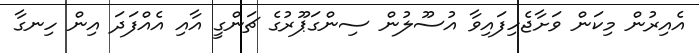
އެއިރުން މިކަން ވަށާޖެހިފައިވާ އުސޫލުން ސިންގަޕޫރުގެ ޗަންގީ އާއި އެއްފަދަ އިން ހިނގާ